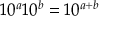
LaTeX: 1 0 ^ { a } 1 0 ^ { b } = 1 0 ^ { a + b }